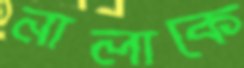
নালাকে